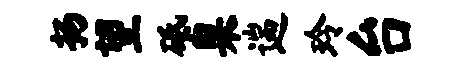
扬望砥臬遄玲台